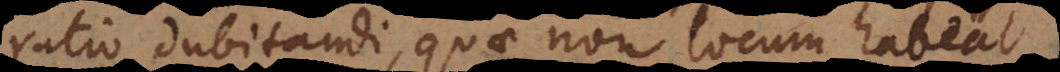
ratio dubitandi, quae non locum habeat